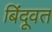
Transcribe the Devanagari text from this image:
बिंदूवत